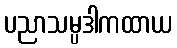
ပညာသမ္ပဒါကထာယ